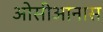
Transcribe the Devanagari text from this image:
ओसीआनास